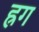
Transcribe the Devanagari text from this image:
ह्रग